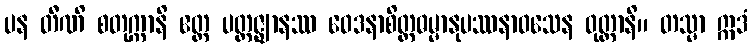
ပန တီဏိ စတုက္ကာနိ ဧတ္ထ ပတ္တဇ္ဈာနဿ ဝေဒနာစိတ္တဓမ္မာနုပဿနာဝသေန ဝုတ္တာနိ။ တသ္မာ ဣဒံ